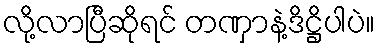
လို့လာပြီဆိုရင် တဏှာနဲ့ဒိဋ္ဌိပါပဲ။